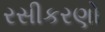
રસીકરણો